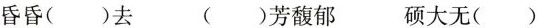
昏昏()去 ()芳馥郁 硕大无()